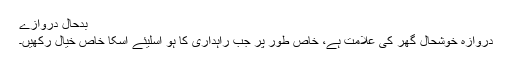
بدحال دروازے
دروازہ خوشحال گھر کی علامت ہے، خاص طور پر جب راہداری کا ہو اسلیئے اسکا خاص خیال رکھیں۔